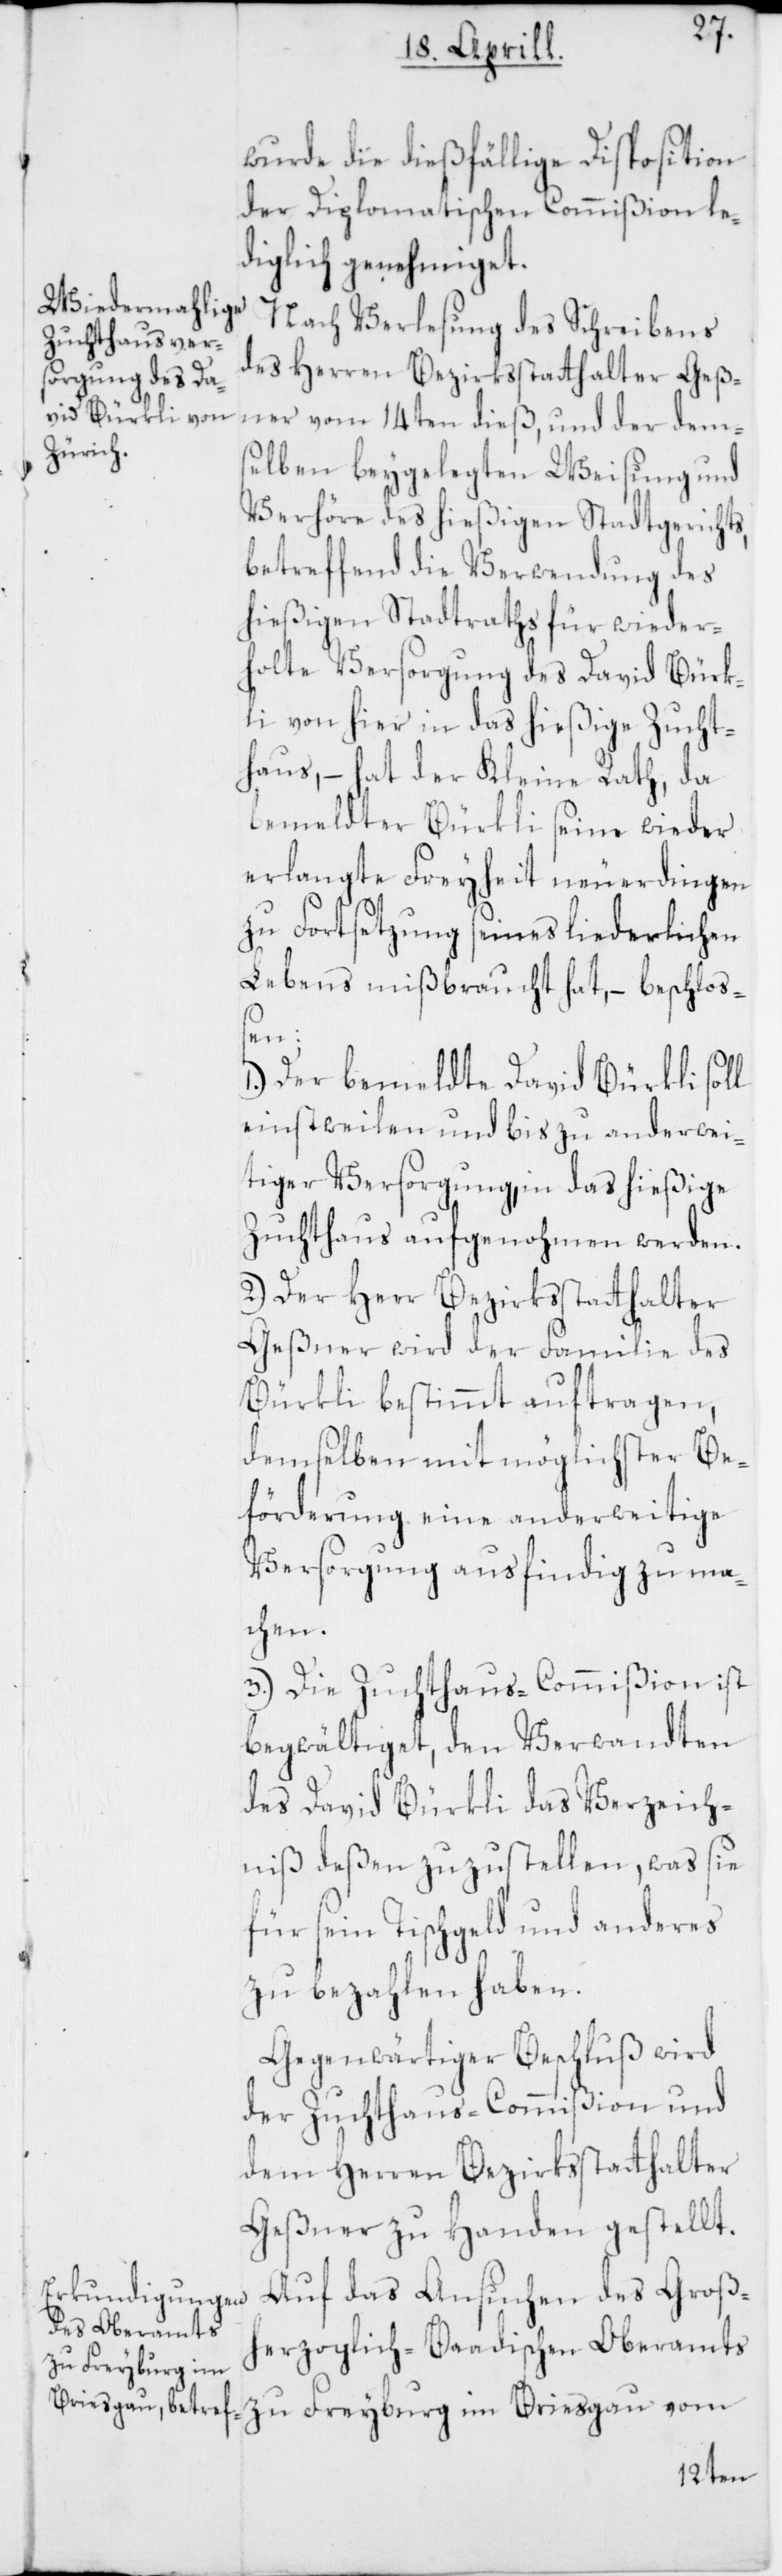
wurde die dießfällige Disposition
der Diplomatischen Commißion le¬
diglich genehmiget.
Nach Verlesung des Schreibens
des Herren Bezirksstatthalter Geß¬
ner vom 14ten dieß, und der dem¬
selben beygelegten Weisung und
Verhöre des hießigen Stadtgerichts,
betreffend die Verwendung des
hießigen Stadtraths für wieder¬
holte Versorgung des David Bürk¬
li von hier in das hießige Zucht¬
haus, – hat der Kleine Rath, da
bemeldter Bürkli seine wieder
erlangte Freyheit neuerdingen
zu Fortsetzung seines liederlichen
Lebens mißbraucht hat, – beschloß¬
en:
Der bemeldte David Bürkli soll
einstweilen und bis zu anderwei¬
tiger Versorgung, in das hießige
Zuchthaus aufgenohmen werden.
2.) Der Herr Bezirksstatthalter
Geßner wird der Familie des
Bürkli bestimmt auftragen,
demselben mit möglichster Be¬
förderung eine anderweitige
Versorgung ausfindig zu ma¬
chen.
3.) Die Zuchthaus-Commißion ist
begwältiget, den Verwandten
des David Bürkli das Verzeich¬
niß deßen zuzustellen, was sie
für sein Tischgeld und anderes
zu bezahlen haben.
Gegenwärtiger Beschluß wird
der Zuchthaus-Commißion und
dem Herren Bezirksstatthalter
Geßner zu Handen gestellt.
Auf das Ansuchen des Groß¬
herzoglich-Baadischen Oberamts
zu Freyburg im Breisgau vom